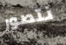
نتصور